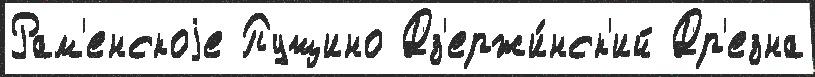
Рам'енскоjе Пущино Дз'ержи́нск'ий Др'езна